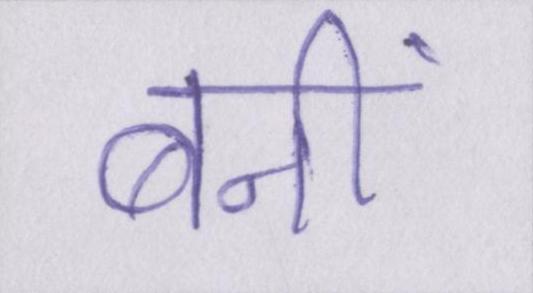
बनीं